Vaccine operations Central Provinces 1886-1899 - 1886-1899
Year: 1886
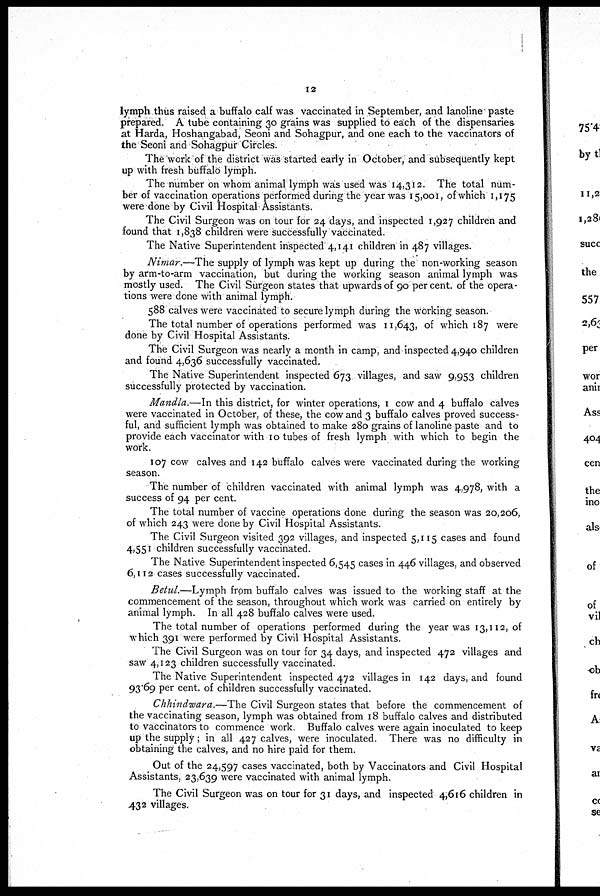
12
lymph thus raised a buffalo calf was vaccinated in September, and lanoline paste
prepared. A tube containing 30 grains was supplied to each of the dispensaries
at Harda, Hoshangabad, Seoni and Sohagpur, and one each to the vaccinators of
the Seoni and Sohagpur Circles.
The work of the district was started early in October, and subsequently kept
up with fresh buffalo lymph.
The number on whom animal lymph was used was 14,312. The total num-
ber of vaccination operations performed during the year was 15,001, of which 1,175
were done by Civil Hospital Assistants.
The Civil Surgeon was on tour for 24 days, and inspected 1,927 children and
found that 1,838 children were successfully vaccinated.
The Native Superintendent inspected 4,141 children in 487 villages.
Nimar.—The supply of lymph was kept up during the non-working season
by arm-to-arm vaccination, but during the working season animal lymph was
mostly used. The Civil Surgeon states that upwards of 90 per cent. of the opera-
tions were done with animal lymph.
588 calves were vaccinated to secure lymph during the working season.
The total number of operations performed was 11,643, of which 187 were
done by Civil Hospital Assistants.
The Civil Surgeon was nearly a month in camp, and inspected 4,940 children
and found 4,636 successfully vaccinated.
The Native Superintendent inspected 673 villages, and saw 9,953 children
successfully protected by vaccination.
Mandla.—In this district, for winter operations, I cow and 4 buffalo calves
were vaccinated in October, of these, the cow and 3 buffalo calves proved success-
ful, and sufficient lymph was obtained to make 280 grains of lanoline paste and to
provide each vaccinator with 10 tubes of fresh lymph with which to begin the
work.
107 cow calves and 142 buffalo calves were vaccinated during the working
season.
The number of children vaccinated with animal lymph was 4,978, with a
success of 94 per cent.
The total number of vaccine operations done during the season was 20,206,
of which 243 were done by Civil Hospital Assistants.
The Civil Surgeon visited 392 villages, and inspected 5,115 cases and found
4,551 children successfully vaccinated.
The Native Superintendent inspected 6,545 cases in 446 villages, and observed
6,112 cases successfully vaccinated.
Betul.—Lymph from buffalo calves was issued to the working staff at the
commencement of the season, throughout which work was carried on entirely by
animal lymph. In all 428 buffalo calves were used.
The total number of operations performed during the year was 13,112, of
which 391 were performed by Civil Hospital Assistants.
The Civil Surgeon was on tour for 34 days, and inspected 472 villages and
saw 4,123 children successfully vaccinated.
The Native Superintendent inspected 472 villages in 142 days, and found
93.69 per cent. of children successfully vaccinated.
Chhindwara.—The Civil Surgeon states that before the commencement of
the vaccinating season, lymph was obtained from 18 buffalo calves and distributed
to vaccinators to commence work. Buffalo calves were again inoculated to keep
up the supply; in all 427 calves, were inoculated. There was no difficulty in
obtaining the calves, and no hire paid for them.
Out of the 24,597 cases vaccinated, both by Vaccinators and Civil Hospital
Assistants, 23,639 were vaccinated with animal lymph.
The Civil Surgeon was on tour for 31 days, and inspected 4,616 children in
432 villages.